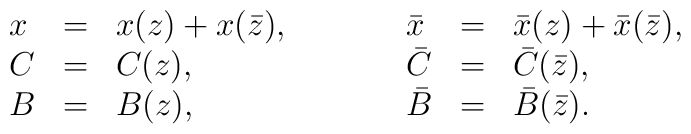
\begin{array}{lclclcl}x &=& x(z) + x(\bar z),& \qquad & \bar x &=& \bar x(z) + \bar x(\bar z),\\C &=& C(z), & \qquad & \bar C &=& \bar C(\bar z), \\B &=& B(z), & \qquad & \bar B &=& \bar B(\bar z).\end{array}